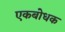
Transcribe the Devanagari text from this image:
एकबोधक